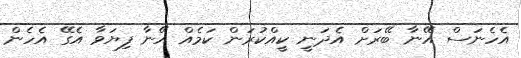
އެހެނަސް އޭނާ ބޭރަށް އެދަނީ ކީއްކުރަން ކަމެއް އޭނާ ފިޔަވާ އެގޭ އެހެން